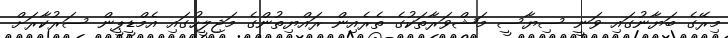
މިރޭގެ ބަޔާނުގައި ވަނީ ސިޔާސީ މަޝްވަރާތަކުގެ ތެރެއިން ރައްޔިތުންގެ މަޖިލީހުގައި އެމްޑީޕީން ސަރުކާރަށް